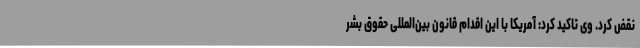
نقض کرد. وی تاکید کرد: آمریکا با این اقدام قانون بین‌المللی حقوق بشر